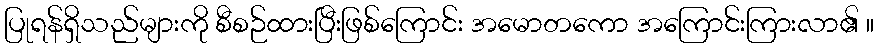
ပြုရန်ရှိသည်များကို စီစဉ်ထားပြီးဖြစ်ကြောင်း အမောတကော အကြောင်းကြားလာ၏ ။